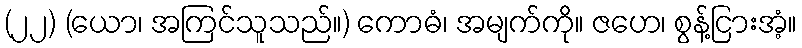
(၂၂) (ယော၊ အကြင်သူသည်။) ကောဓံ၊ အမျက်ကို။ ဇဟေ၊ စွန့်ငြားအံ့။